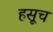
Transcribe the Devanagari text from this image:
हसूच